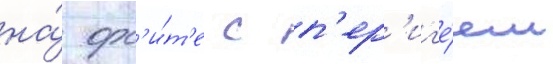
на́ орб'и́т'е с п'ер'иг'е́ем